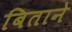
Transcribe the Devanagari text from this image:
बिताने